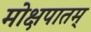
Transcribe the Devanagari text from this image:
मोक्षपातम्